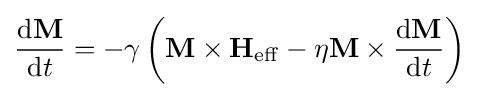
{\frac {\mathrm {d} \mathbf {M} }{\mathrm {d} t}}=-\gamma \left(\mathbf {M} \times \mathbf {H} _{\mathrm {eff} }-\eta \mathbf {M} \times {\frac {\mathrm {d} \mathbf {M} }{\mathrm {d} t}}\right)